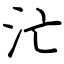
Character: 汒